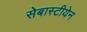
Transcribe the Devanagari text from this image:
सेबास्टीयेन